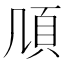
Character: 𩑏